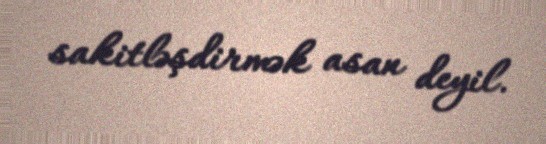
sakitləşdirmək asan deyil.